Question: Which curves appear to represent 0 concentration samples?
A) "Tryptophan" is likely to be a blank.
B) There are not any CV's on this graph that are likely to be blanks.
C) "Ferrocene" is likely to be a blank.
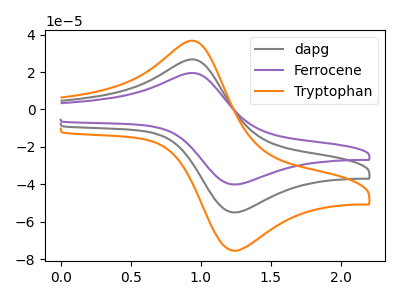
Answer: <think>The gray curve "dapg" has an anodic peak at (0.95V, 26.45uA) and a cathodic peak at (1.25V, -54.90uA). The purple curve "Ferrocene" has an anodic peak at (0.95V, 19.30uA) and a cathodic peak at (1.25V, -40.00uA). The orange curve "Tryptophan" has an anodic peak at (0.95V, 52.90uA) and a cathodic peak at (1.25V, -109.80uA).</think>
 <answer>B) There are not any CV's on this graph that are likely to be blanks.</answer>
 <eval>B</eval>